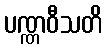
ပဏ္ဏဝီသတိ